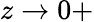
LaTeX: z\to 0+